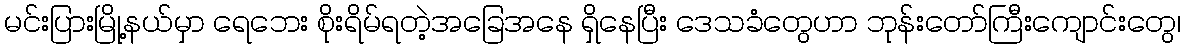
မင်းပြားမြို့နယ်မှာ ရေဘေး စိုးရိမ်ရတဲ့အခြေအနေ ရှိနေပြီး ဒေသခံတွေဟာ ဘုန်းတော်ကြီးကျောင်းတွေ၊